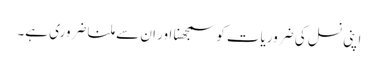
اپنی نسل کی ضروریات کو سمجھنا اور ان سے ملنا ضروری ہے۔